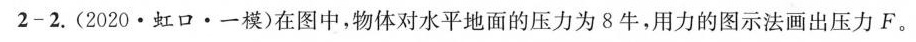
2-2.(2020·虹口·一模)在图中，物体对水平地面的压力为8牛，用力的图示法画出压力F。